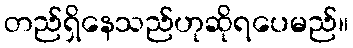
တည်ရှိနေသည်ဟုဆိုရပေမည်။